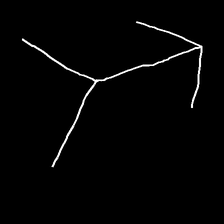
Glyph: gather